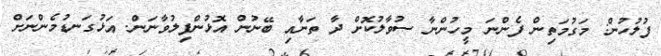
ފުލުހުން: މަގުމަތިން ފެންނަ މީހުންނާ ސުވާލުކޮށް ދާ ތަނާއި ބޭނުން އޮޅުންފިލުވާނަން. އަޅުގަނޑުމެންނަށް